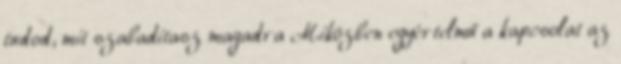
tudod, mit szabadítasz magadra Miközben egyértelmű a kapcsolat az